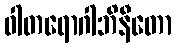
ဝါတရောဂါဘိနီတော